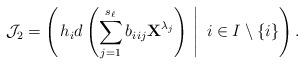
LaTeX: \begin{align*}\mathcal J_2=\left(\left.h_id\left(\sum\limits_{j=1}^{s_\ell}b_{i_{}ij}{\textbf{X}}^{\lambda_j}\right)\ \right|\ i\in I\setminus\{i_{}\}\right).\end{align*}